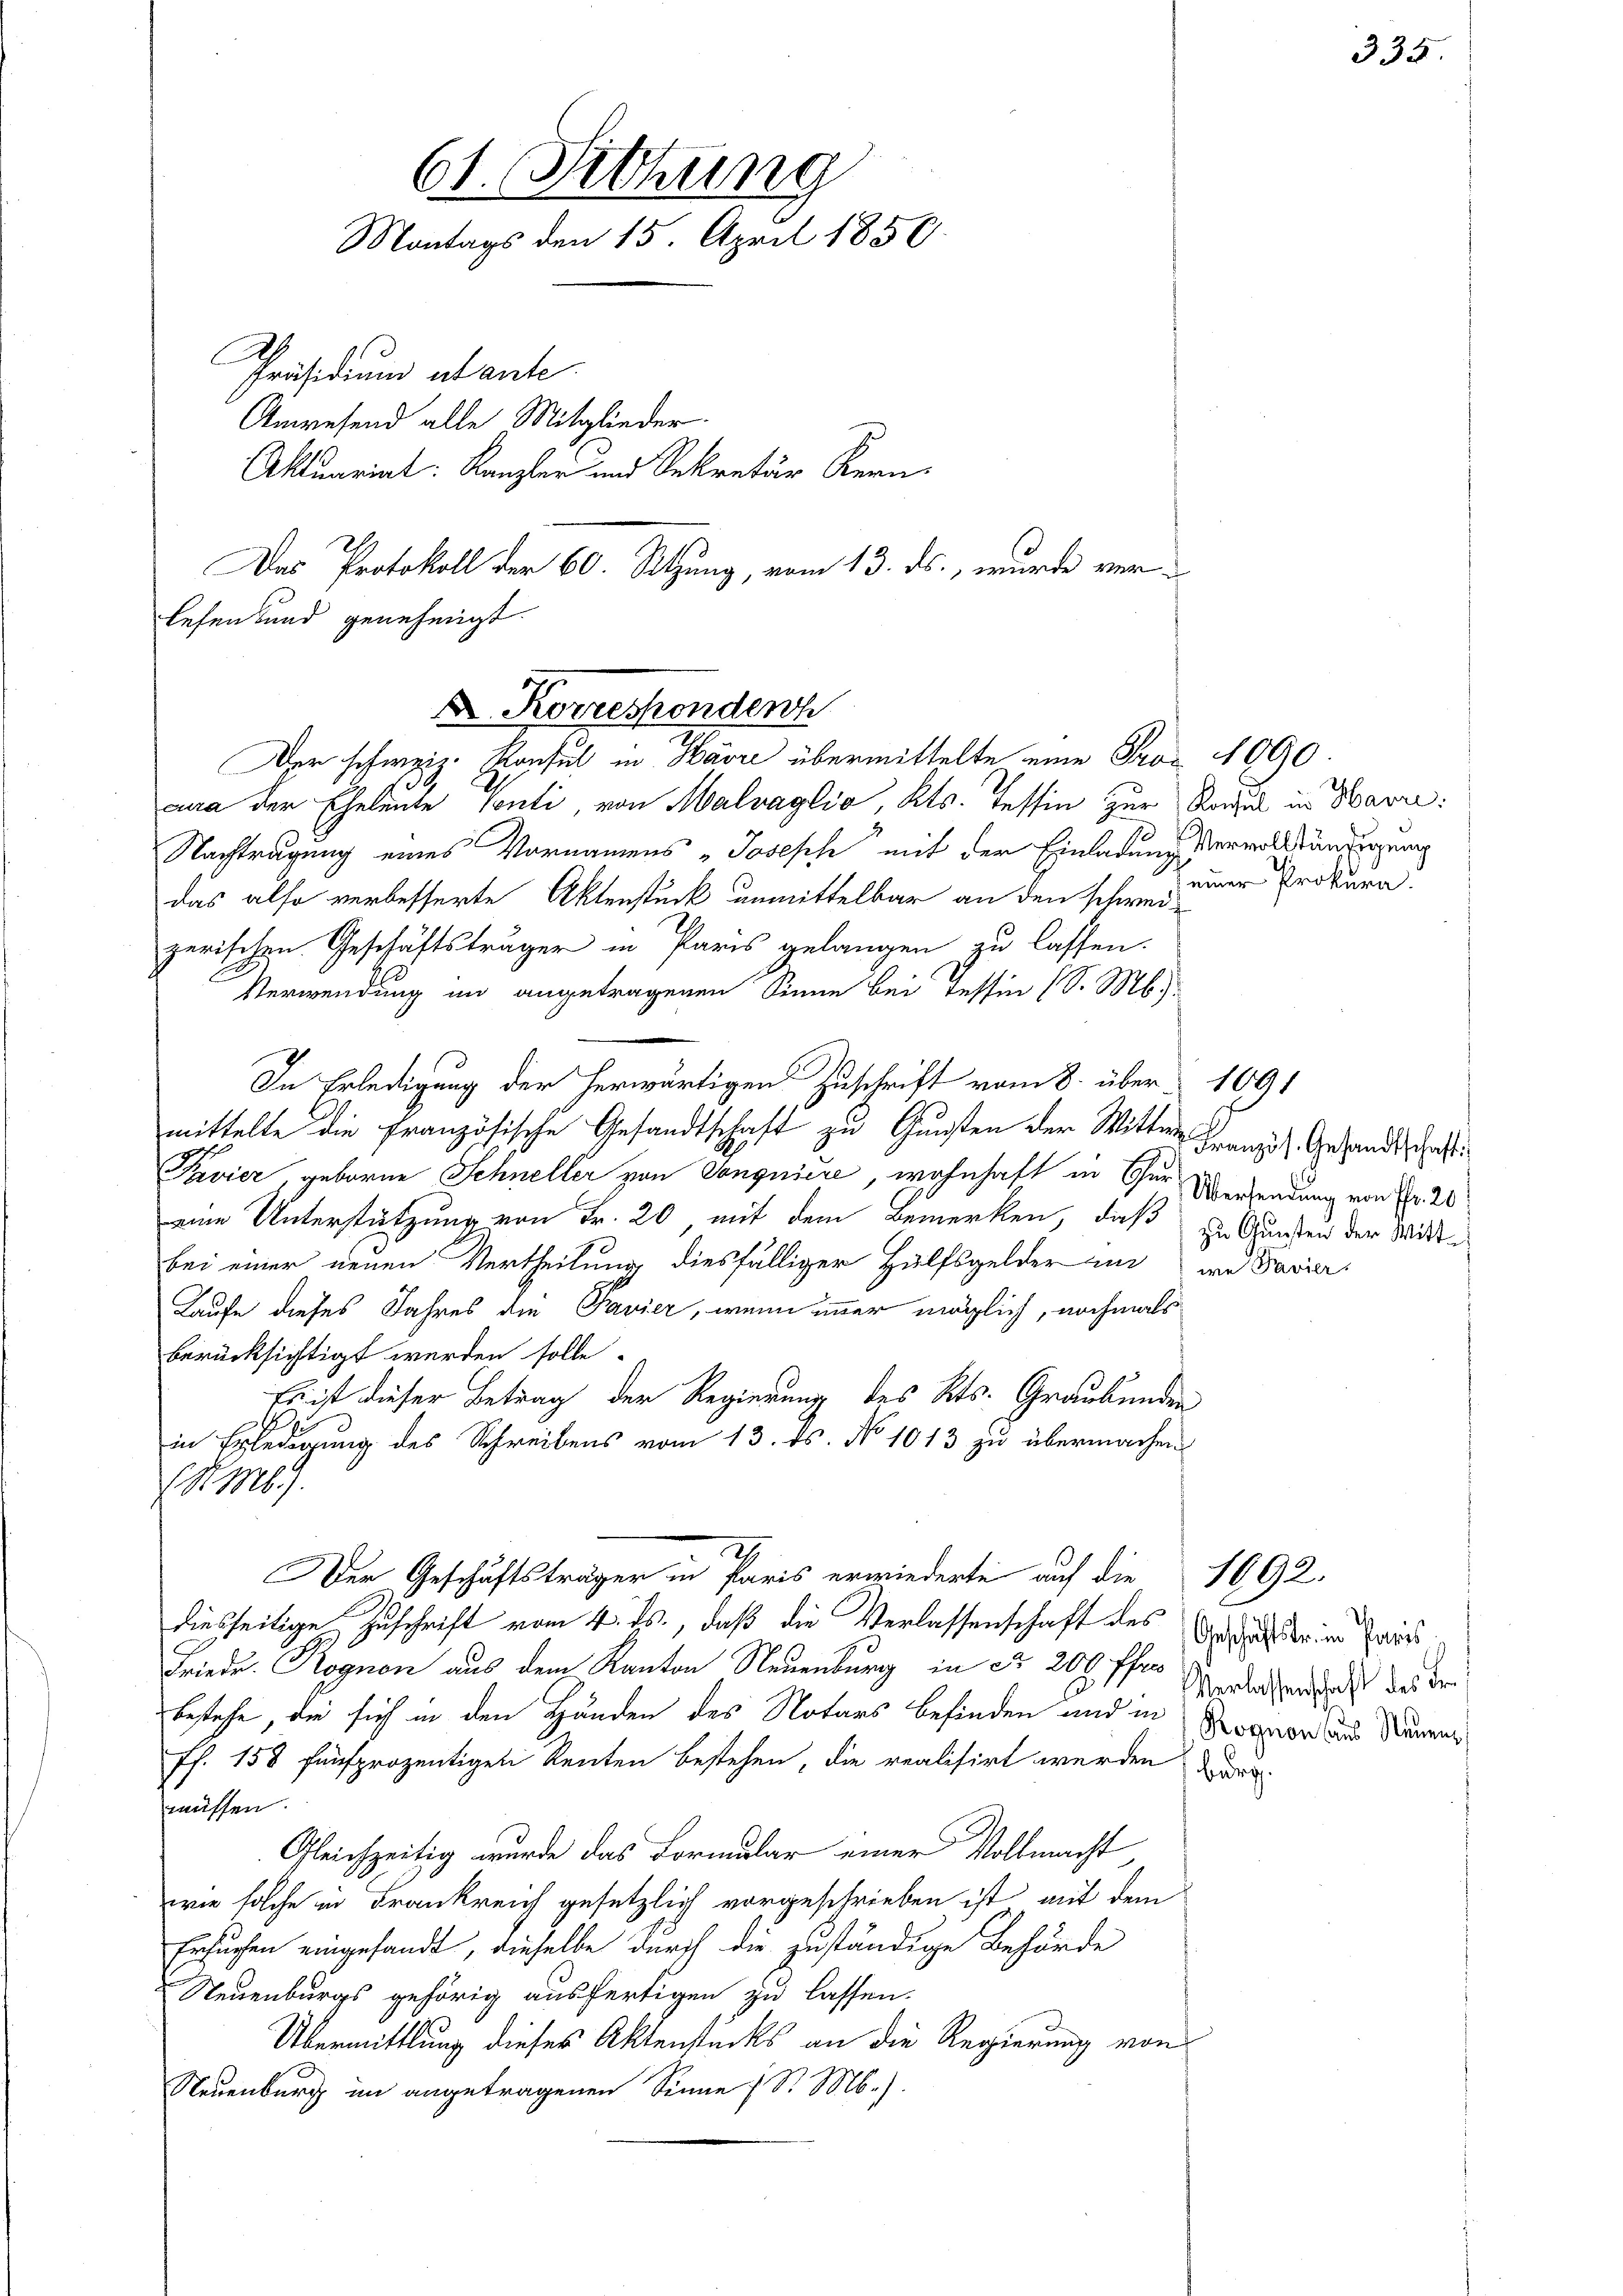
61. Altung
Montags den 15. April 1850
Präsidium abante
Anwesend alle Mitglieder.
Aktuariat: Kanzler und Sekretär Kern¬
Das Protokoll der 60. Sitzung, vom 13. ds., wurde ver¬

lesen und genehmigt.
D. Korresponden
Der schwere Konsul in Havre übermittelte eine Fros 1090.
10
cura der Eheleute Senti, von Malvaglio, Kts. Tessin zur Rodel in Havre:

Nachtragung eines Vornamens Josesche mit der Einladung vervollständigung
das also verbesserte Aktenstück unmittelbar an den schweizerischen Geschäftsträger in Paris gelangen zu lassen.
Verwendung im angetragenen Sinne bei Tessin (S. M.
In Erledigung der herwärtigen Zuschrift vom 8. über 1091
mittelte die Französische Gesandtschaft zu Gunsten der Wittwe
Pavier, geborne Schneller von Conquiere, wohnhaft in Chur Übersendung von Fr. 20
eine Unterstützung von Fr. 20, mit dem Bemerken, daß zu Gunsten der Mittbei einer neuen Vertheilung diesfälliger Hülfsgelder in im Favier
Laufe dieses Jahres die Pavier, wenn immer möglich, nochmals
berücksichtigt werden solle.
Es ist dieser Betrag der Regierung des Kts. Graubünden
in Erledigung des Schreibens vom 13. ds. No 1013 zu übermachen
N 169.
Der Geschäftsträger in Paris erwiederte auf die 1692.
diesseitige Zuschrift vom 4. ds., daß die Verlassenschaft des Gesuch eine Privi¬
Friede. Rognon aus dem Kanton Neuenburg in Nr. 200 ff.
bestehe, die sich in den Händen des Notars befinden und in Rogar das Studenff. 158 fünfprozentigen Renten bestehen, die realisirt werden & der
müssen.
Gleichzeitig wurde das Formular einer Vollmacht
wie solche in Frankreich gesetzlich vorgeschrieben ist mit dem
Ersuchen eingesandt, dieselbe durch die zuständige Behörde
Neuenburgs gehörig ausfertigen zu lassen.
Übermittlung dieses Aktenstücks an die Regierung von
Neuenburg im angetragenen Sinne 1 S. M.).

einer Prokura.

Französ. Gesandtschaft

Verlassenschaft des Fr.

335.